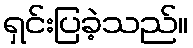
ရှင်းပြခဲ့သည်။